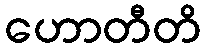
ဟောတီတိ